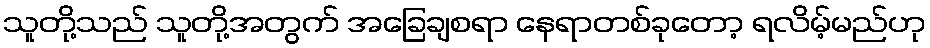
သူတို့သည် သူတို့အတွက် အခြေချစရာ နေရာတစ်ခုတော့ ရလိမ့်မည်ဟု